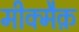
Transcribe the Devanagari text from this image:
मीक्मैक़